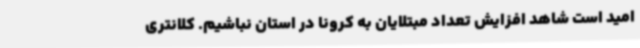
امید است شاهد افزایش تعداد مبتلایان به کرونا در استان نباشیم. کلانتری